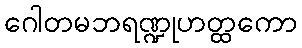
ဂေါတမဘရဏ္ဍုဟတ္ထကော